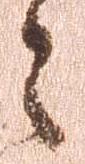
之